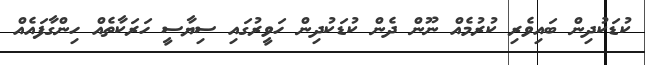
ކުޑަކުދިން ބައިވެރި ކުރުމެއް ނޫން ދެން ކުޑަކުދިން ހަވީރުގައި ސިޔާސީ ހަރަކާތެއް ހިންގާފައެއް